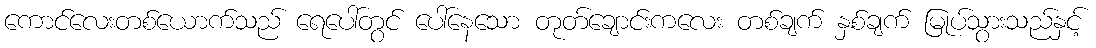
ကောင်လေးတစ်ယောက်သည် ရေပေါ်တွင် ပေါ်နေသော တုတ်ချောင်းကလေး တစ်ချက် နှစ်ချက် မြုပ်သွားသည်နှင့်